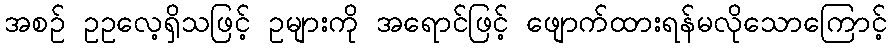
အစဉ် ဥဥလေ့ရှိသဖြင့် ဥများကို အရောင်ဖြင့် ဖျောက်ထားရန်မလိုသောကြောင့်